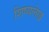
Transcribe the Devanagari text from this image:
शिष्यलेख